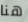
هنا